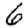
Digit: 6